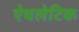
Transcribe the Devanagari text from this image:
ऐथलेटिक